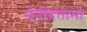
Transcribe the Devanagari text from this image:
नेनोदंताना